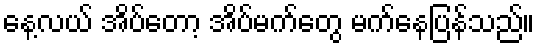
နေ့လယ် အိပ်တော့ အိပ်မက်တွေ မက်နေပြန်သည်။